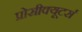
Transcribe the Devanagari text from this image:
प्रोसीक्यूटर्स